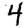
Digit: 4